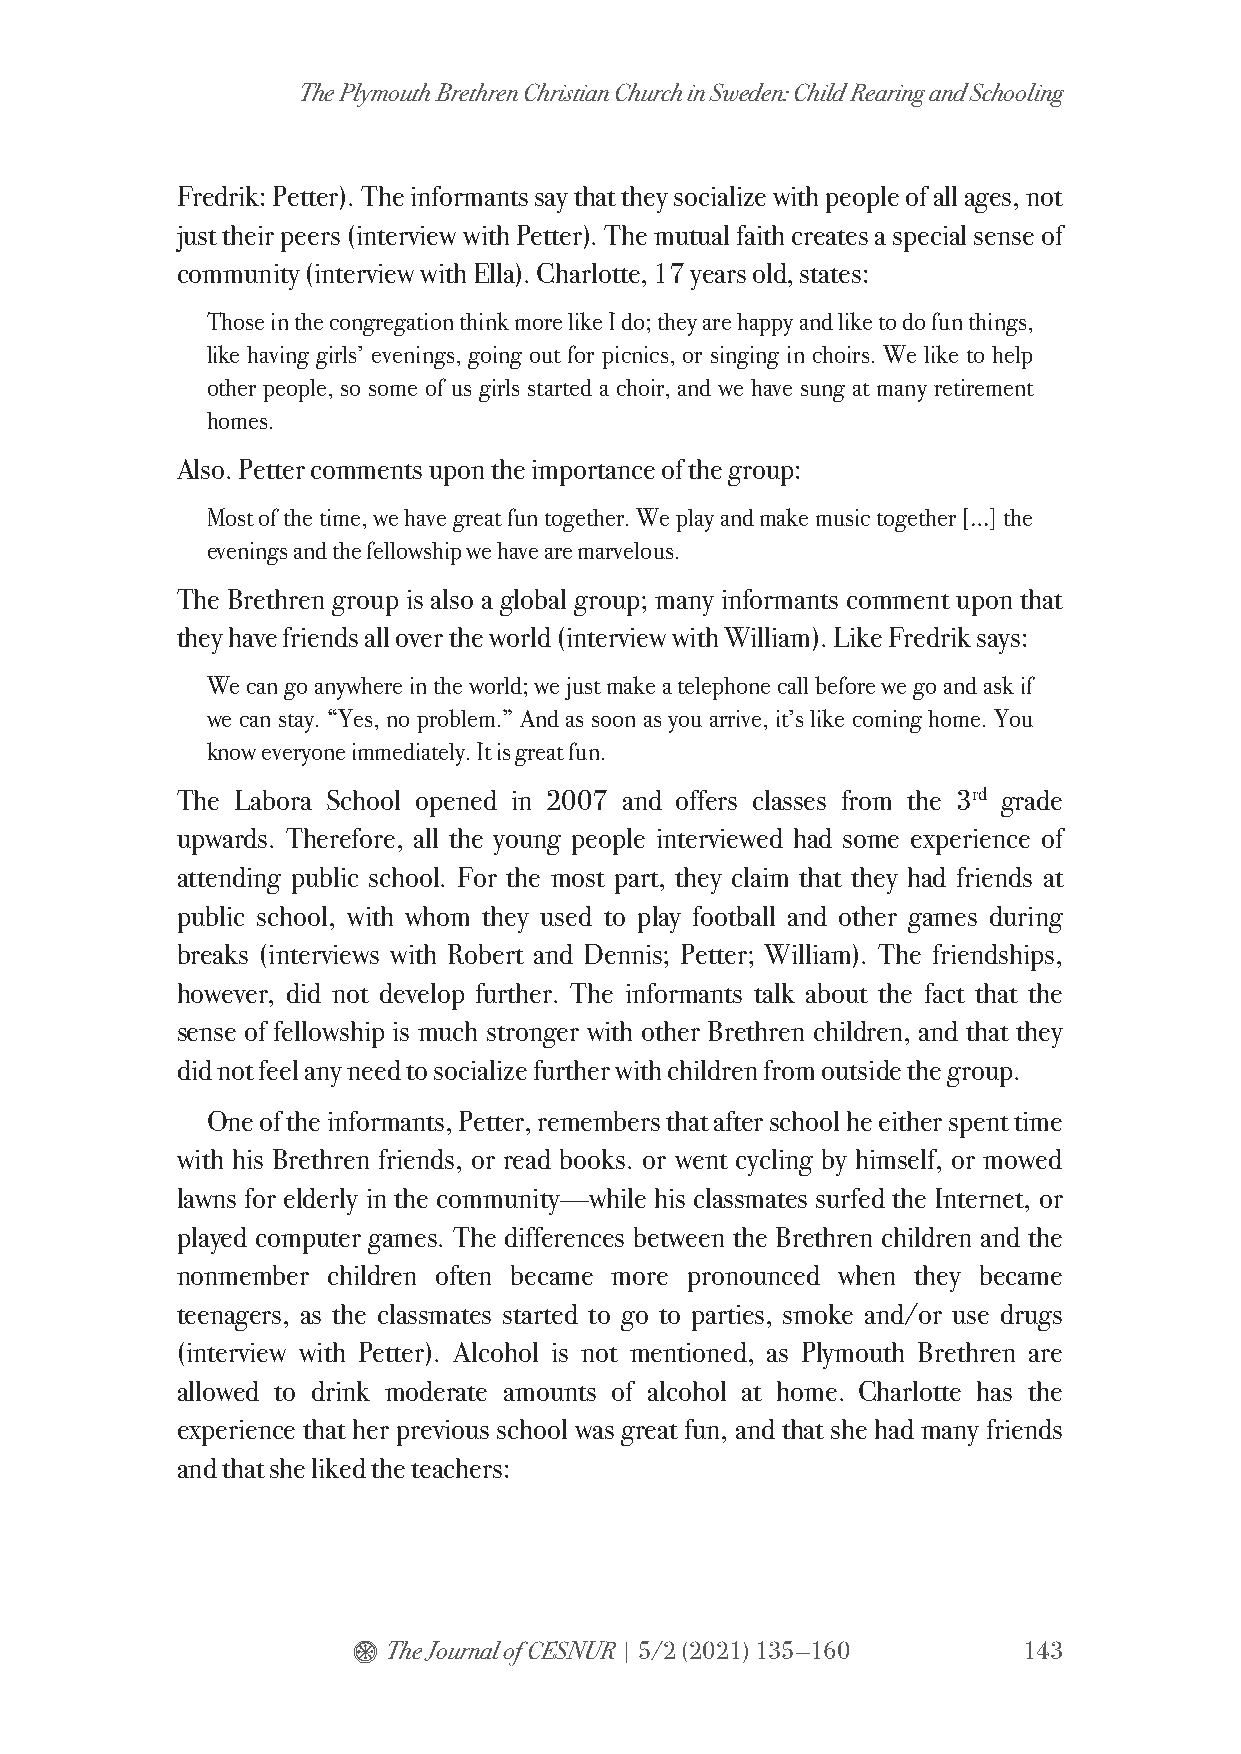
The Plymouth Brethren Christian Church in Sweden: Child Rearing and Schooling
 Fredrik: Petter). The informants say that they socialize with people of all ages, not
 just their peers (interview with Petter). The mutual faith creates a special sense of
 community (interview with Ella). Charlotte, 17 years old, states:
 Those in the congregation think more like I do; they are happy and like to do fun things,
 like having girls’ evenings, going out for picnics, or singing in choirs. We like to help
 other people, so some of us girls started a choir, and we have sung at many retirement
 homes.
 Also. Petter comments upon the importance of the group:
 Most of the time, we have great fun together. We play and make music together […] the
 evenings and the fellowship we have are marvelous.
 The Brethren group is also a global group; many informants comment upon that
 they have friends all over the world (interview with William). Like Fredrik says:
 We can go anywhere in the world; we just make a telephone call before we go and ask if
 we can stay. “Yes, no problem.” And as soon as you arrive, it’s like coming home. You
 know everyone immediately. It is great fun.
 The Labora School opened in 2007 and offers classes from the 3rd grade
 upwards. Therefore, all the young people interviewed had some experience of
 attending public school. For the most part, they claim that they had friends at
 public school, with whom they used to play football and other games during
 breaks (interviews with Robert and Dennis; Petter; William). The friendships,
 however, did not develop further. The informants talk about the fact that the
 sense of fellowship is much stronger with other Brethren children, and that they
 did not feel any need to socialize further with children from outside the group.
 One of the informants, Petter, remembers that after school he either spent time
 with his Brethren friends, or read books. or went cycling by himself, or mowed
 lawns for elderly in the community—while his classmates surfed the Internet, or
 played computer games. The differences between the Brethren children and the
 nonmember children often became more pronounced when they became
 teenagers, as the classmates started to go to parties, smoke and/or use drugs
 (interview with Petter). Alcohol is not mentioned, as Plymouth Brethren are
 allowed to drink moderate amounts of alcohol at home. Charlotte has the
 experience that her previous school was great fun, and that she had many friends
 and that she liked the teachers:
 $  The Journal of CESNUR | 5/2 (2021) 135—160 143